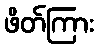
ဖိတ်ကြား